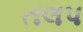
તલપ